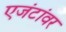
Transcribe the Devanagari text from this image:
एजंटांवर